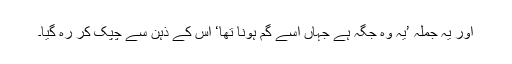
اور یہ جملہ ’یہ وہ جگہ ہے جہاں اسے گم ہونا تھا‘ اس کے ذہن سے چپک کر رہ گیا۔